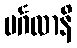
မင်္ဂလာနိ